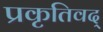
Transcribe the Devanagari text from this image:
प्रकृतिवद्